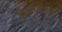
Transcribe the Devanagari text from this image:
फिओरेनटिनो